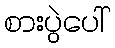
စားပွဲပေါ်